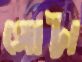
গোট্টা